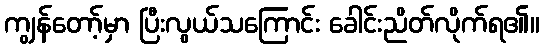
ကျွန်တော့်မှာ ပြီးလွယ်သကြောင်း ခေါင်းညိတ်လိုက်ရ၏။